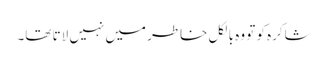
شاکرہ کو تو وہ بالکل خاطر میں نہیں لاتا تھا۔